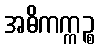
အဓိကက္ကဉ္စ